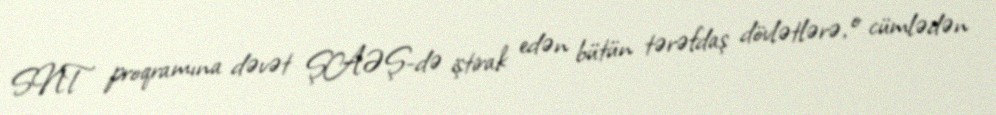
SNT proqramına dəvət ŞAƏŞ-də iştirak edən bütün tərəfdaş dövlətlərə, o cümlədən